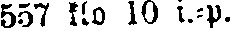
557 klo 10 i.-p.